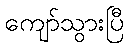
ကျော်သွားပြီ